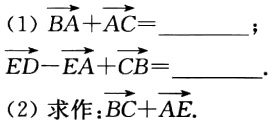
(1)$\overrightarrow{BC}$；$\overrightarrow{CD}$

(2) 图中未给出具体图形，无法给出具体求作步骤。